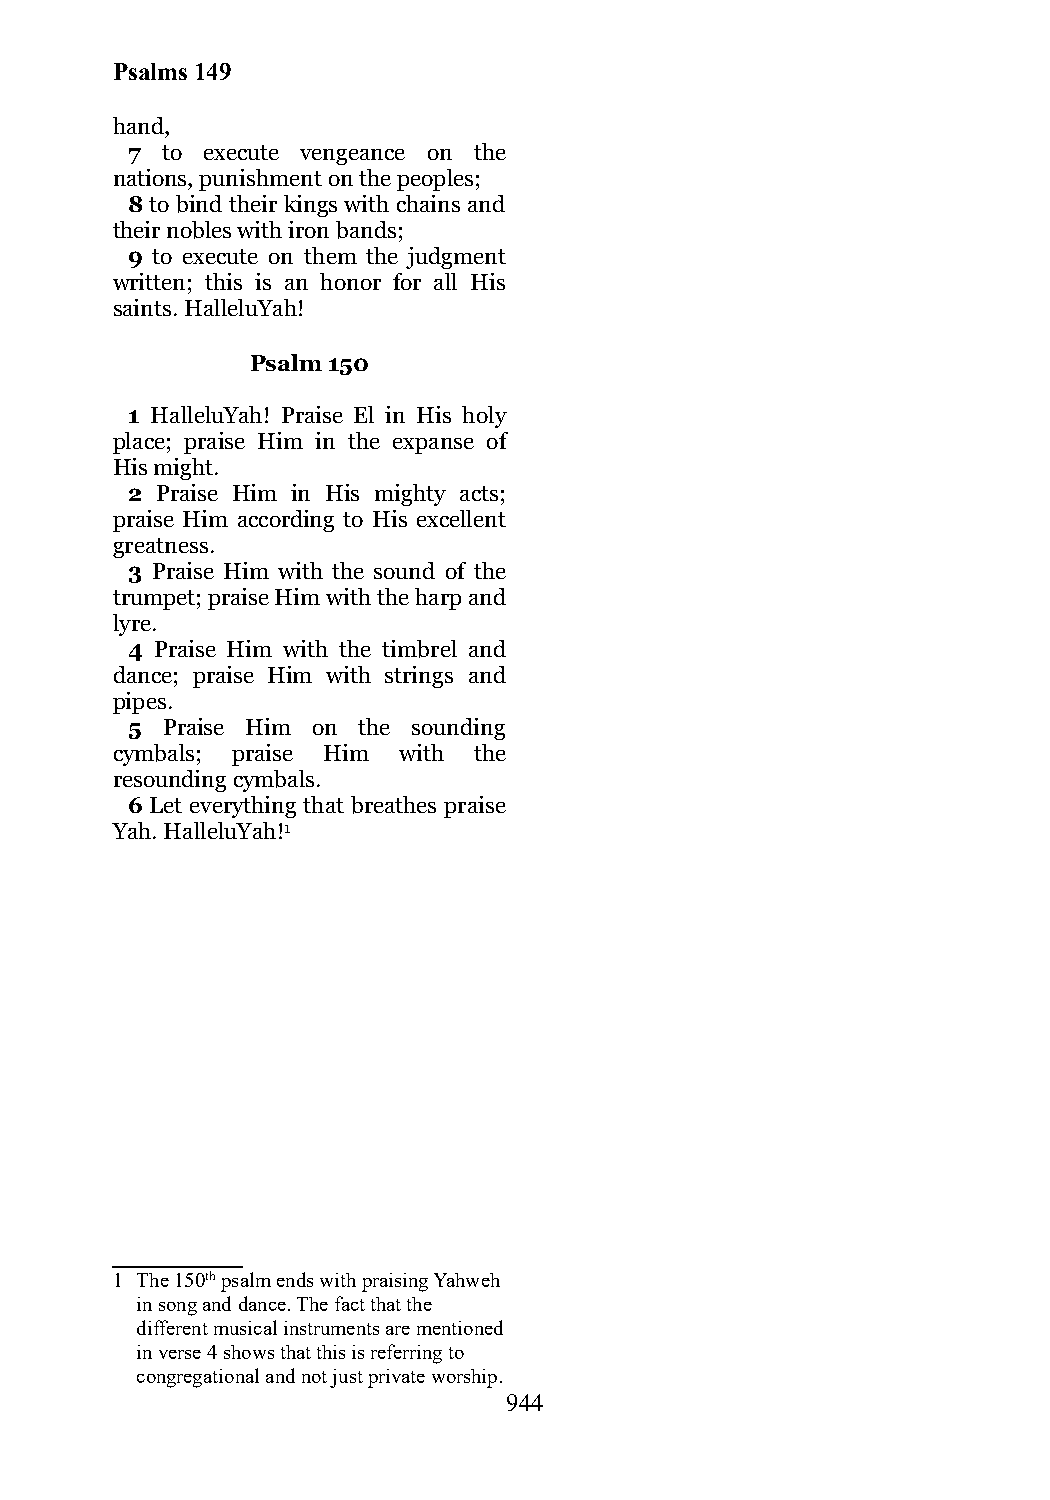
Psalms 149
 hand,
 7  to execute vengeance on the
 nations, punishment on the peoples;
 8 to bind their kings with chains and
 their nobles with iron bands;
 9 to execute on them the judgment
 written; this is an honor for all His
 saints. HalleluYah!
 Psalm 150
 1 HalleluYah! Praise El in His holy
 place; praise Him in the expanse of
 His might.
 2 Praise Him in His mighty acts;
 praise Him according to His excellent
 greatness.
 3 Praise Him with the sound of the
 trumpet; praise Him with the harp and
 lyre.
 4 Praise Him with the timbrel and
 dance; praise Him with strings and
 pipes.
 5  Praise Him on the sounding
 cymbals; praise Him with the
 resounding cymbals.
 6 Let everything that breathes praise
 Yah. HalleluYah!1
 1 The 150th psalm ends with praising Yahweh
 in song and dance. The fact that the
 different musical instruments are mentioned
 in verse 4 shows that this is referring to
 congregational and not just private worship.
 944